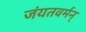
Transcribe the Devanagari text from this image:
जंयतवर्मन्